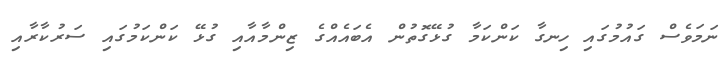
ނަމަވެސް ގައުމުގައި ހިނގާ ކަންކަމާ ގުޅޭގޮތުން އެބައެއްގެ ޒިންމާއާއި ގުޅޭ ކަންކަމުގައި ސަރުކާރާއި